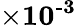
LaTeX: \times\textbf{10}^{\textbf{-3}}